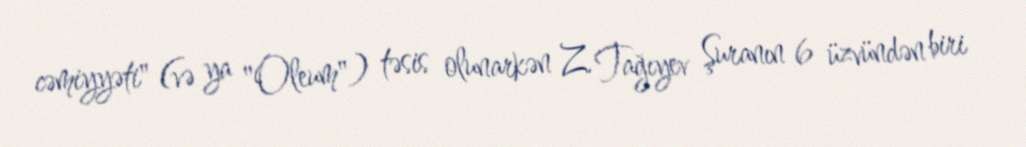
cəmiyyəti" (və ya "Oleum") təsis olunarkən Z. Tağıyev Şuranın 6 üzvündən biri